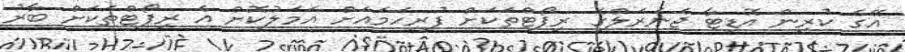
އޭގެ ކުރިން އޮޑިޓާ ޖެނެރަލްގެ ރިޕޯޓްތަކަށް ފުރިހަމައަށް އަމަލުކޮށް އެ ރިޕޯޓްތަކަށް ބާރު